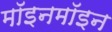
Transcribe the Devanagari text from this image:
मॉइनमॉइन